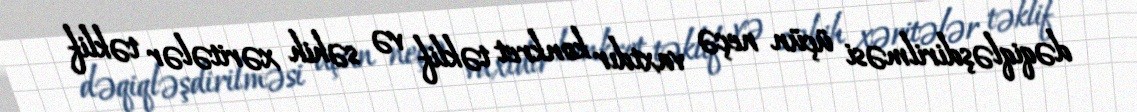
dəqiqləşdirilməsi üçün neçə vaxtdır konkret təklif və səhih xəritələr təklif